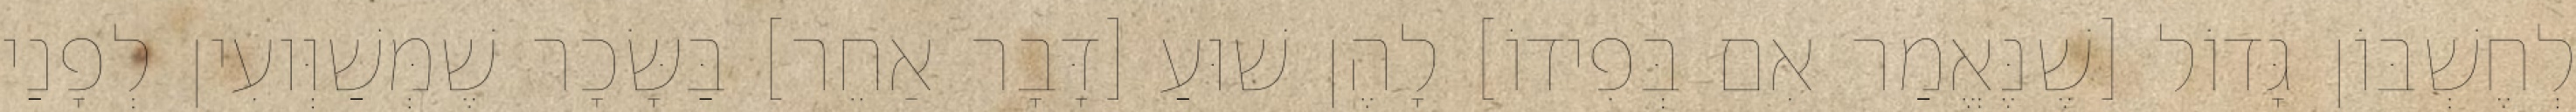
לְחֶשְׁבּוֹן גָּדוֹל [שֶׁנֶּאֱמַר אִם בְּפִידוֹ] לָהֶן שׁוּעַ [דָּבָר אַחֵר] בַּשָּׂכָר שֶׁמְּשַׁוְּועִין לְפָנַי